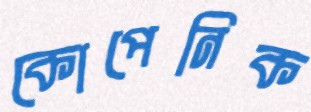
কোপেনিক